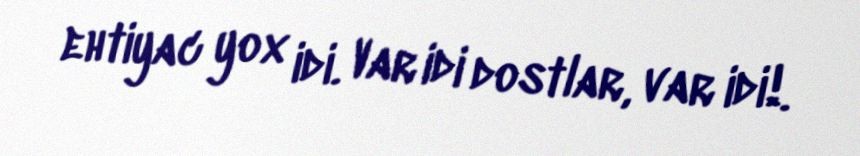
ehtiyac yox idi. Var idi dostlar, var idi!.